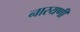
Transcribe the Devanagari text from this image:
नारयणी